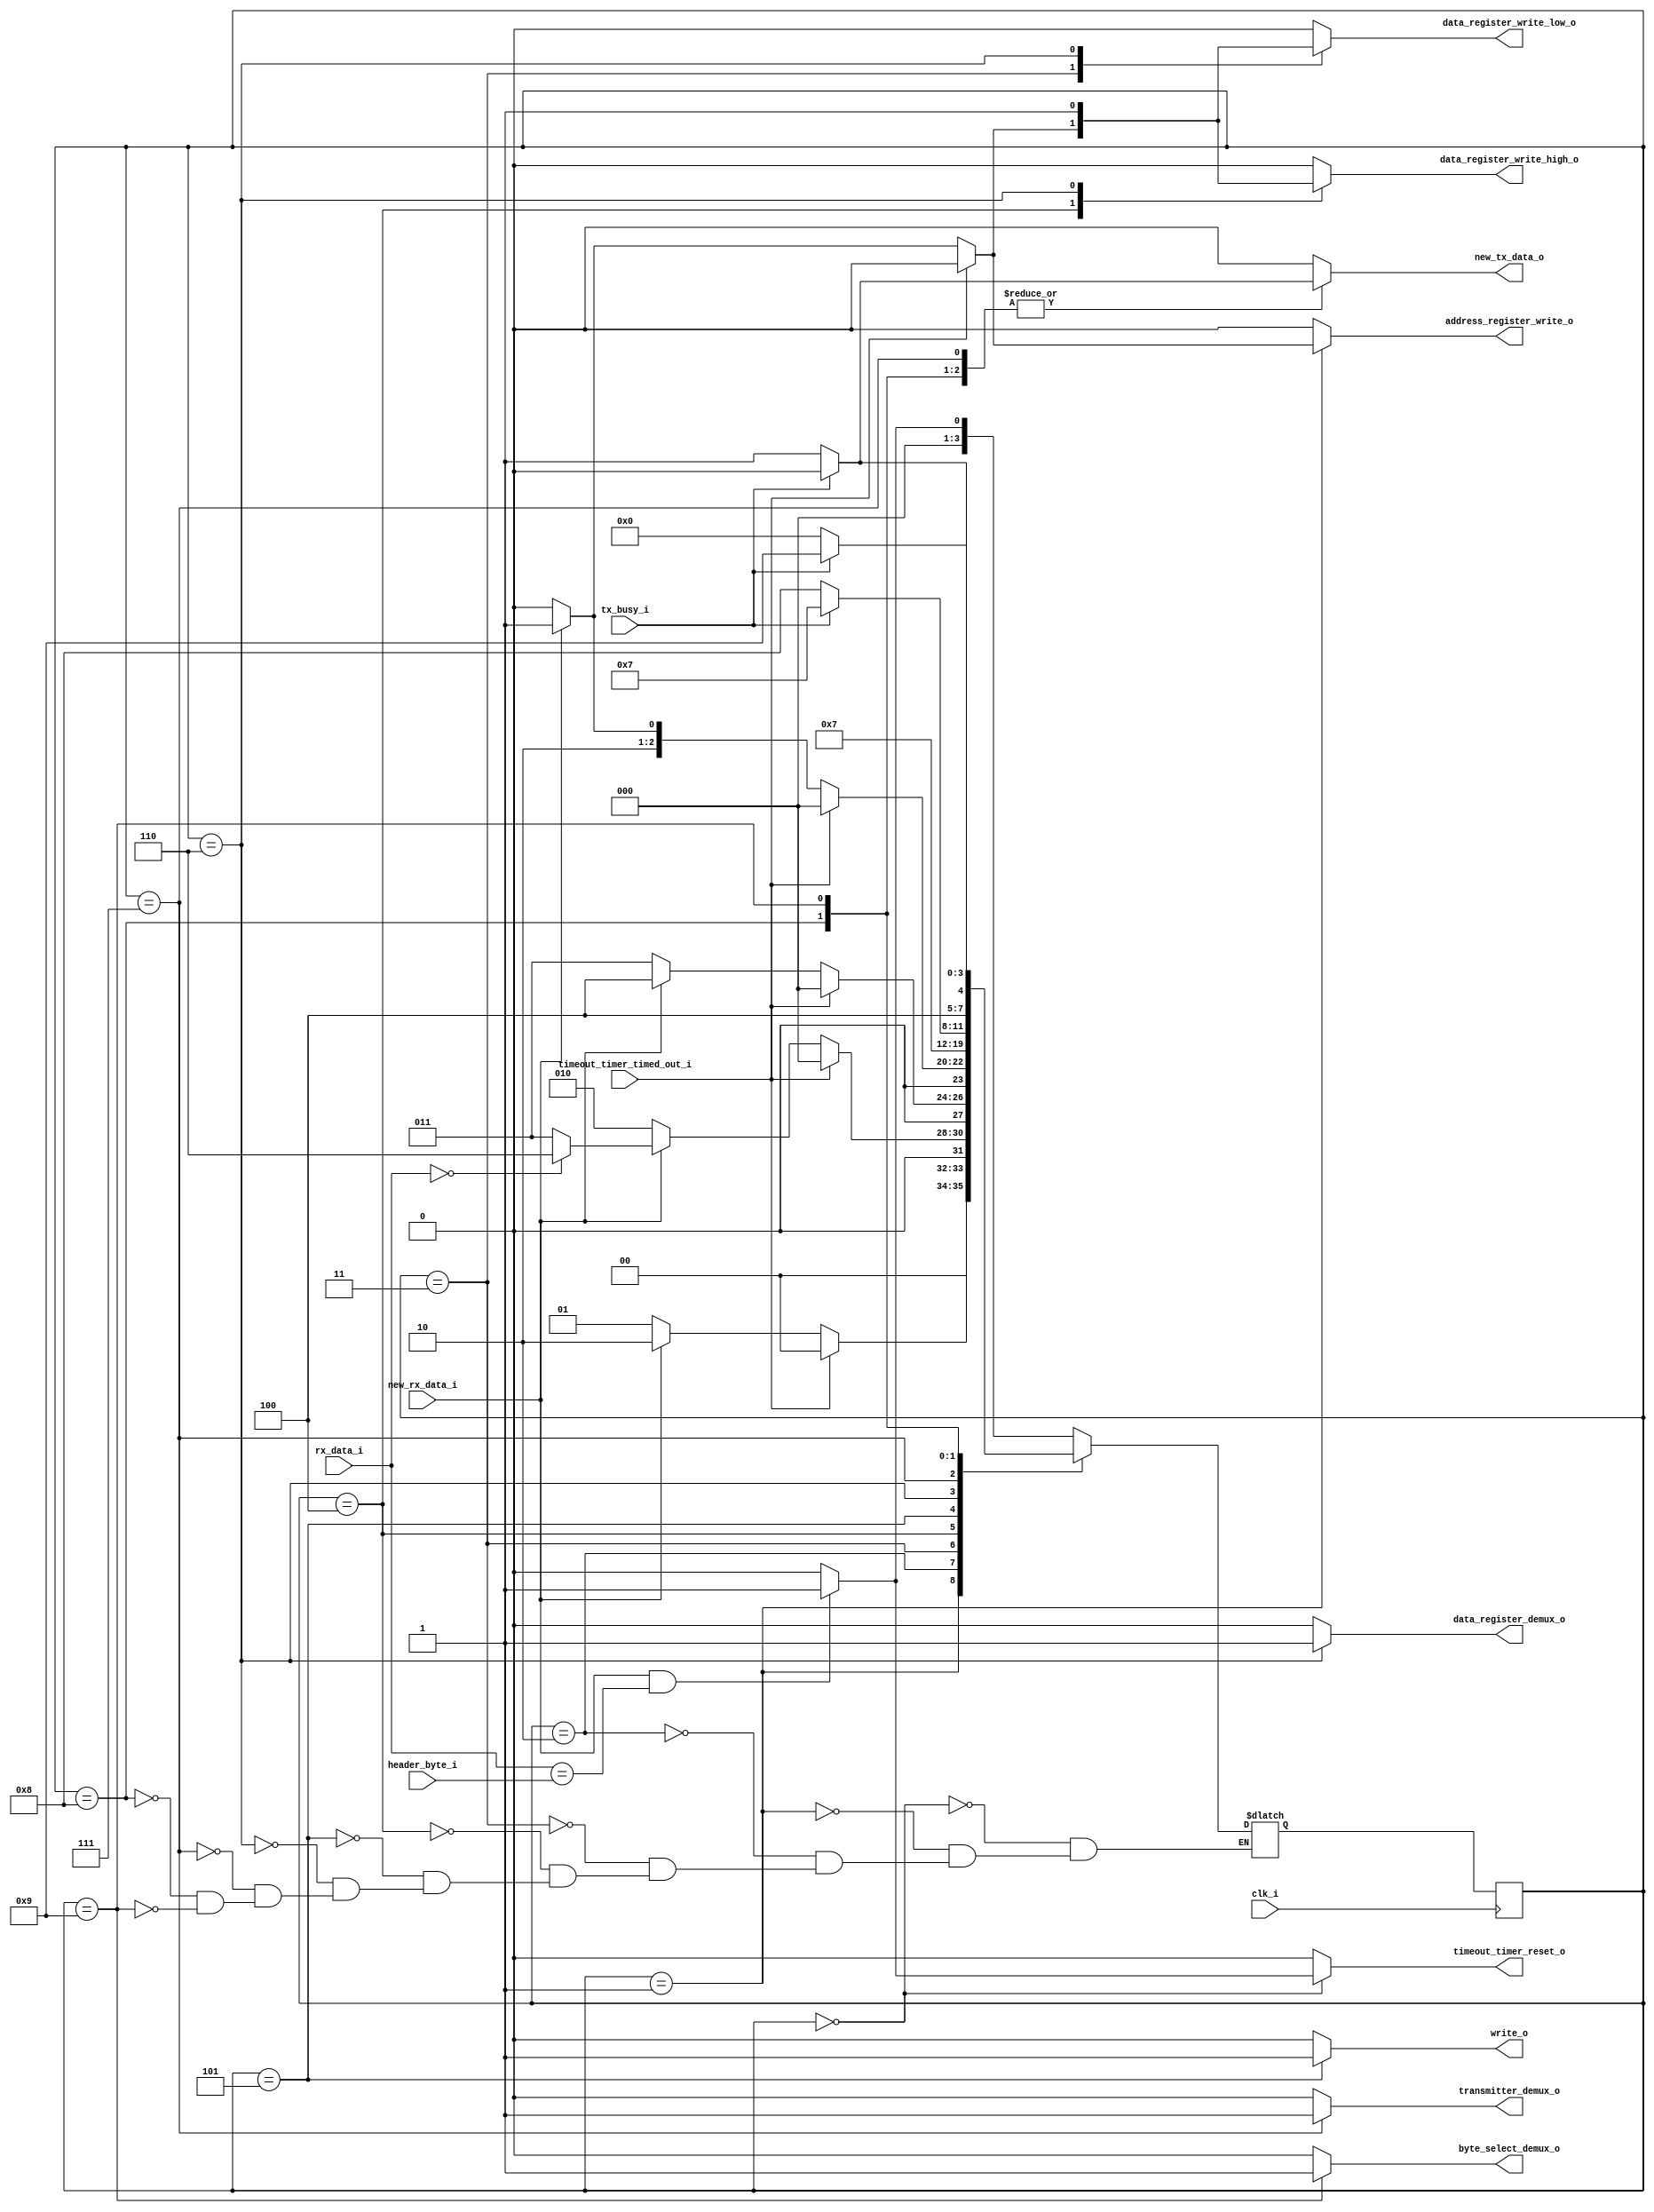
module state_machine (
  input clk_i,
  input new_rx_data_i,
  input [7:0] rx_data_i,
  input tx_busy_i,
  input timeout_timer_timed_out_i,
  input [7:0] header_byte_i,

  // Mealy Outputs
  output reg timeout_timer_reset_o,
  output reg address_register_write_o,
  output reg data_register_write_low_o,
  output reg data_register_write_high_o,
  output reg new_tx_data_o,

  // Moore Outputs
  output reg write_o,
  output reg data_register_demux_o,
  output reg byte_select_demux_o,
  output reg transmitter_demux_o
);

reg [3:0] state, nextstate;

localparam READY                  = 0,
           RECEIVE_ADDRESS_BYTE   = 1,
           RECEIVE_RW_BYTE        = 2,
           RECEIVE_LOW_DATA_BYTE  = 3,
           RECEIVE_HIGH_DATA_BYTE = 4,
           WRITE_RAM              = 5,
           READ_RAM               = 6,
           SEND_HEADER            = 7,
           SEND_LOW_DATA_BYTE     = 8,
           SEND_HIGH_DATA_BYTE    = 9;

always @(*) begin // Mealy Outputs and nextstate
  timeout_timer_reset_o = 1'b0;
  address_register_write_o = 1'b0;
  data_register_write_low_o = 1'b0;
  data_register_write_high_o = 1'b0;
  new_tx_data_o = 1'b0;

  case(state)
    READY:
      if (new_rx_data_i & (rx_data_i == header_byte_i)) begin
        timeout_timer_reset_o = 1'b1;
        nextstate = RECEIVE_ADDRESS_BYTE;
      end else begin
        nextstate = READY;
      end

    RECEIVE_ADDRESS_BYTE:
      if (timeout_timer_timed_out_i) begin
        nextstate = READY;
      end else begin
        if (new_rx_data_i) begin
          address_register_write_o = 1'b1;
          nextstate = RECEIVE_RW_BYTE;
        end else begin
          nextstate = RECEIVE_ADDRESS_BYTE;
        end
      end

    RECEIVE_RW_BYTE:
      if (timeout_timer_timed_out_i) begin
        nextstate = READY;
      end else begin
        if (new_rx_data_i) begin
          if (rx_data_i == 8'd0) begin
            nextstate = READ_RAM;
          end else begin
            nextstate = RECEIVE_LOW_DATA_BYTE;
          end
        end else begin
          nextstate = RECEIVE_RW_BYTE;
        end
      end

    RECEIVE_LOW_DATA_BYTE:
      if (timeout_timer_timed_out_i) begin
        nextstate = READY;
      end else begin
        if (new_rx_data_i) begin
          data_register_write_low_o = 1'b1;
          nextstate = RECEIVE_HIGH_DATA_BYTE;
        end else begin
          nextstate = RECEIVE_LOW_DATA_BYTE;
        end
      end

    RECEIVE_HIGH_DATA_BYTE:
      if (timeout_timer_timed_out_i) begin
        nextstate = READY;
      end else begin
        if (new_rx_data_i) begin
          data_register_write_high_o = 1'b1;
          nextstate = WRITE_RAM;
        end else begin
          nextstate = RECEIVE_HIGH_DATA_BYTE;
        end
      end

    WRITE_RAM:
      nextstate = READY;

    READ_RAM:
    begin
      data_register_write_low_o = 1'b1;
      data_register_write_high_o = 1'b1;
      nextstate = SEND_HEADER;
    end

    SEND_HEADER:
      if (tx_busy_i) begin
        nextstate = SEND_HEADER;
      end else begin
        new_tx_data_o = 1'b1;
        nextstate = SEND_LOW_DATA_BYTE;
      end

    SEND_LOW_DATA_BYTE:
      if (tx_busy_i) begin
        nextstate = SEND_LOW_DATA_BYTE;
      end else begin
        new_tx_data_o = 1'b1;
        nextstate = SEND_HIGH_DATA_BYTE;
      end

    SEND_HIGH_DATA_BYTE:
      if (tx_busy_i) begin
        nextstate = SEND_HIGH_DATA_BYTE;
      end else begin
        new_tx_data_o = 1'b1;
        nextstate = READY;
      end
  endcase
end

always @(*) begin // Moore Outputs
  write_o = 1'b0;
  data_register_demux_o = 1'b0;
  byte_select_demux_o = 1'b0;
  transmitter_demux_o = 1'b0;

  case(state)
    RECEIVE_LOW_DATA_BYTE:
    begin
      data_register_demux_o = 1'b0;
    end

    RECEIVE_HIGH_DATA_BYTE:
    begin
      data_register_demux_o = 1'b0;
    end

    WRITE_RAM:
    begin
      write_o = 1'b1;
    end

    READ_RAM:
    begin
      data_register_demux_o = 1'b1;
    end

    SEND_HEADER:
    begin
      transmitter_demux_o = 1'b1;
    end

    SEND_LOW_DATA_BYTE:
    begin
      transmitter_demux_o = 1'b0;
      byte_select_demux_o = 1'b0;
    end

    SEND_HIGH_DATA_BYTE:
    begin
      transmitter_demux_o = 1'b0;
      byte_select_demux_o = 1'b1;
    end
  endcase
end

always @(posedge clk_i) begin
  state <= nextstate;
end

endmodule